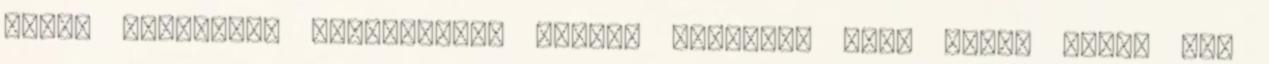
magam rendesen, elbeszélünk egymás mellett, vagy pedig eleve nem